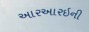
આરઆરઇની